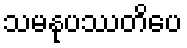
သမနုပဿတိပေ